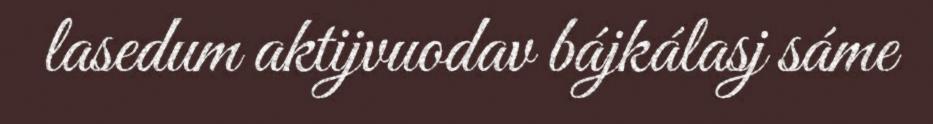
lasedum aktijvuodav bájkálasj sáme